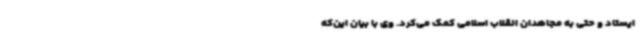
ایستاد و حتی به مجاهدان انقلاب اسلامی کمک می‌کرد. وی با بیان این‌که